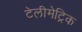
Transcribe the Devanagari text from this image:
टेलीमेट्रिक